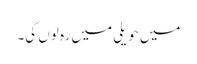
میں حویلی میں رہ لوں گی۔